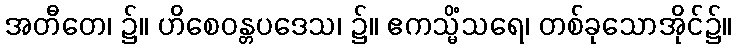
အတီတေ၊ ၌။ ဟိစေဝန္တပဒေသ၊ ၌။ ဧကသ္မိံသရေ၊ တစ်ခုသောအိုင်၌။